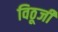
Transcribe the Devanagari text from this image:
विठूजी